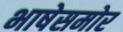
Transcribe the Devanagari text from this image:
भाषेसमोर